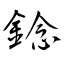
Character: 錜